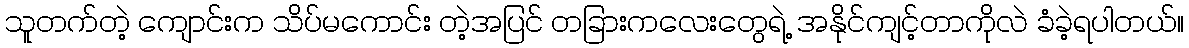
သူတက်တဲ့ ကျောင်းက သိပ်မကောင်း တဲ့အပြင် တခြားကလေးတွေရဲ့ အနိုင်ကျင့်တာကိုလဲ ခံခဲ့ရပါတယ်။